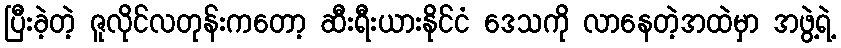
ပြီးခဲ့တဲ့ ဇူလိုင်လတုန်းကတော့ ဆီးရီးယားနိုင်ငံ ဒေသကို လာနေတဲ့အထဲမှာ အဖွဲ့ရဲ့